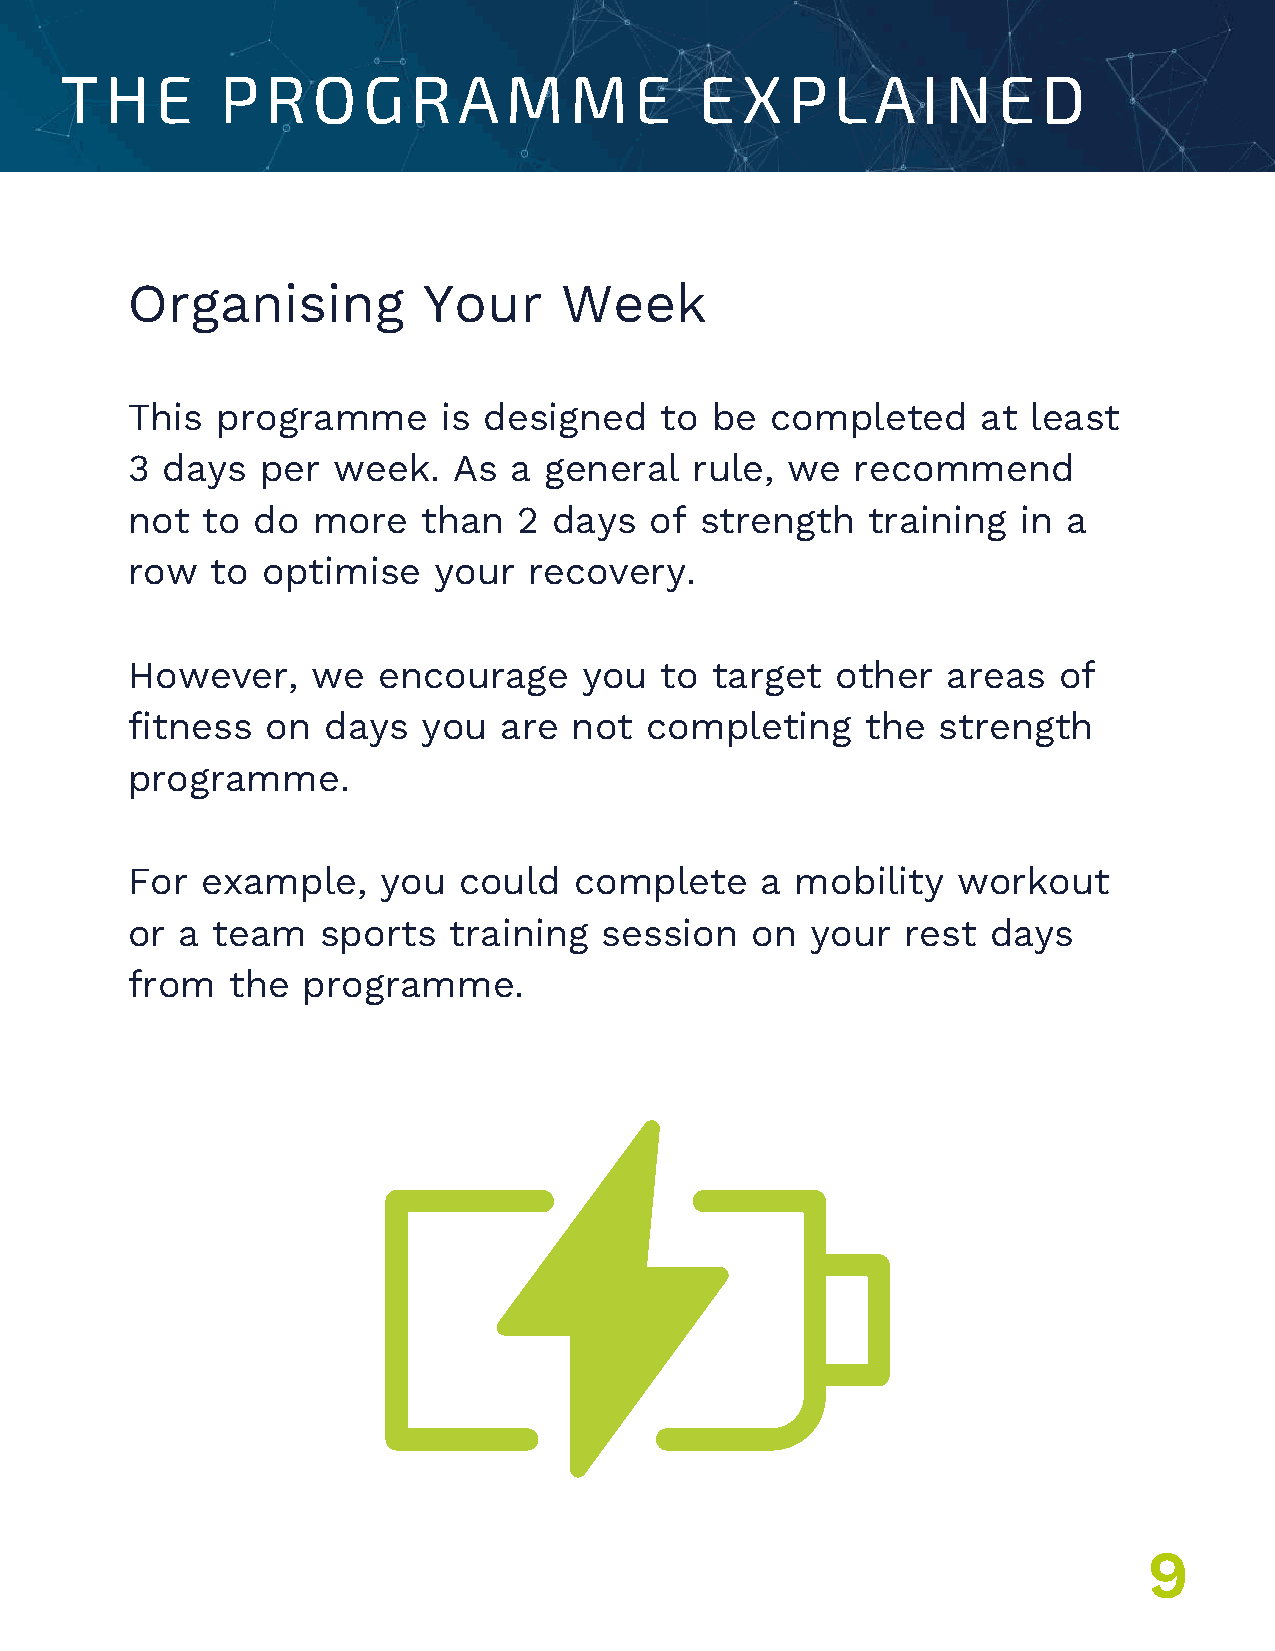
THE        PROGRAMME                      EXPLAINED
 Organising          Your     Week
 This  programme      is designed    to be  completed     at least
 3  days  per  week.   As  a general   rule, we   recommend
 not  to  do  more   than  2  days  of strength   training   in a
 row   to optimise    your  recovery.
 However,     we  encourage     you  to target  other   areas  of
 fitness   on days   you  are  not  completing    the  strength
 programme.
 UNDER
 For  example,    you  could   complete    a  mobility  workout
 or  a team   sports   training  session   on  your  rest  days
 from   the  programme.
 9